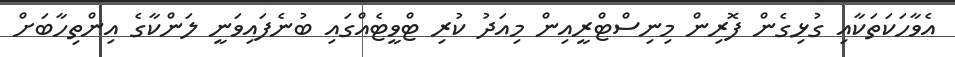
އެވާހަކަތަކާއި ގުޅިގެން ފޮރިން މިނިސްޓްރީއިން މިއަދު ކުރި ޓްވީޓެއްގައި ބުނެފައިވަނީ ލަންކާގެ އިންތިހާބަށް